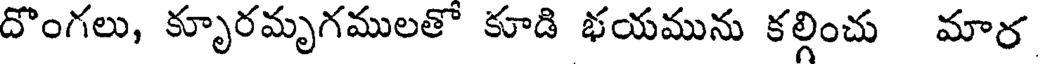
దొంగలు, కృూరమృగములతొ కూడి భయమును కల్గించు మార